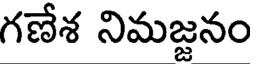
గణేశ నిమజ్జనం